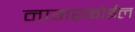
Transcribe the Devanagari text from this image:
नागरकोईल